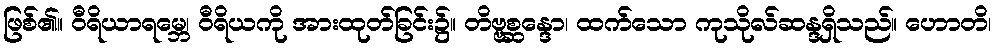
ဖြစ်၏။ ဝီရိယာရမ္ဘေ၊ ဝီရိယကို အားထုတ်ခြင်း၌။ တိဗ္ဗစ္ဆန္ဒော၊ ထက်သော ကုသိုလ်ဆန္ဒရှိသည်။ ဟောတိ၊